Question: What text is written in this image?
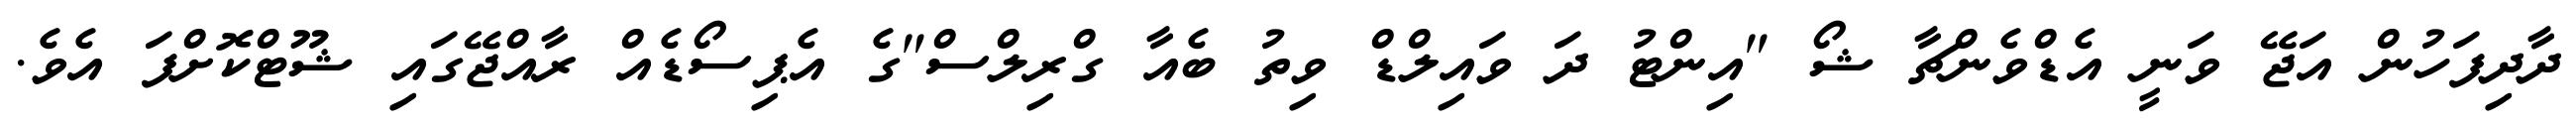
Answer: ދާދިފަހުން އަޖޭ ވަނީ އެޑްވެންޗާ ޝޯ "އިންޓު ދަ ވައިލްޑް ވިތު ބެއާ ގްރިލްސް"ގެ އެޕިސޯޑެއް ރާއްޖޭގައި ޝޫޓްކޮށްފަ އެވެ.